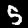
Label: 5